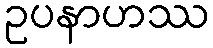
ဥပနာဟဿ